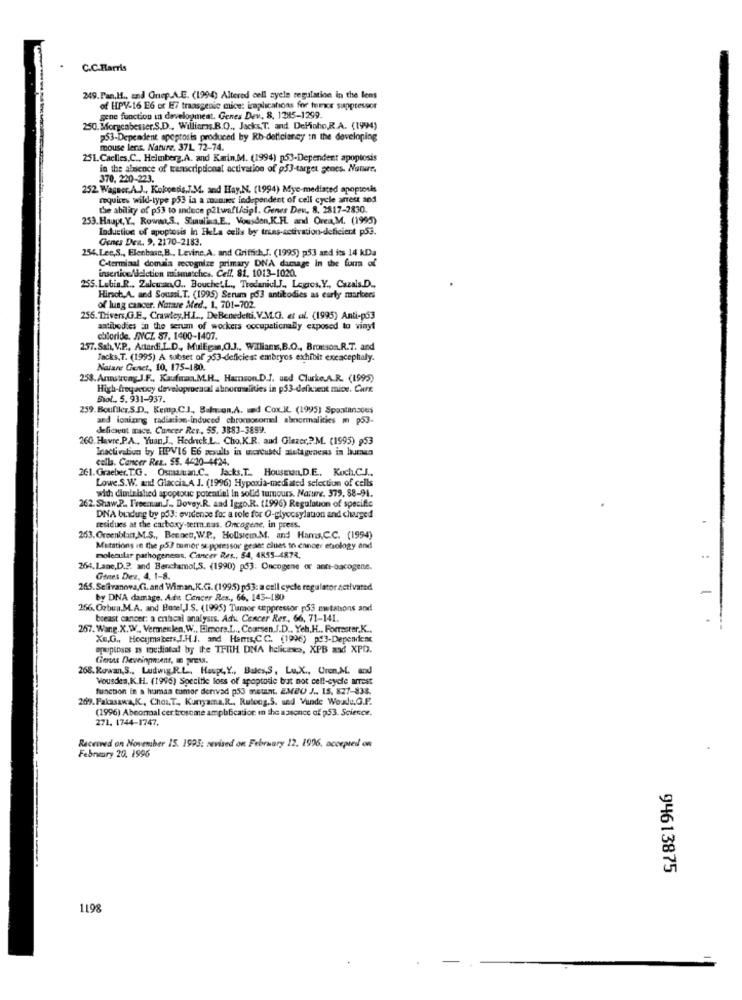
C.C.Harris
249. Fan.H ., and Griep.A.E. (1994) Altered cell ayele regulation in the lens
of HPV-16 E6 or E7 traasgenic mice: implications for tumor suppressor
sene function in development. Genes Dev, 8, 1285-1299.
250. Morgenbesser.S.D ., Williamas.B.O ., Jacks.T. and DeMioho,R.A. (1994)
p53-Dependent epoprosis produced by Rb-deficiency in the developing
mouse lens. Nature. 371. 72-74.
251. Caelles.C ., Helmberg.A. and Karin,M. (1994) p53-Dependent apoptosis
in the absence of transcriptional activation of pf)-target genes. Nature,
370, 220-223.
252. Wagner.A.J ., Kokoedis,J.M. and Hay,N. (1994) Mye-mediated apoptosis
requices wild-type p53 ia a maninec independent of cell cycle arrest and
the ability of p53 to induce p2Lwaft/cip !. Genes Dev. 8. 2817-2830.
253.Haupt, Y. Rowwa,S ., Sluulina.E ., Vousdon,K.H. and Orea,M. (1995)
Induction of apoptosis in HeLa celis by trees-activation-deficient p53.
Genes Den. 9. 2170-2183.
254.Lee,S ., Elenbasc,B ., Levine.A. and Griffich,J. (1995) p53 and its 14 kDa
insertion/deletion mismatches. Cell. 81, 1013-1020.
C-terminal demaia recognize primary DNA damage in the fun of
255. Lobin.R ., Zakcuan,Q ., BoucheL.L ., Tredaniel.J ., Legros, Y ., Cazals.D ..
Hirsch.A. and Soussi. T. (1995) Serum p53 antibodies as early markers
of lung cancer. Narare Med ., 1. 701-702.
256. Thivers,G.F ., Crawley,H.L ., DeBenedetti. V.M.C. et al. (1995) Anti-p53
antibodies in the serum of wockers occupationally exposed to vinyl
chloride. JINCZ 87. 1400-1407.
257. Sah, V.P ., Adtardi L.D ., Mulligan,O.J ., Willian,B.O ., Bronson.R.T. and
Jacks,T. (1995) A subset of 253-deficient embryos exhibit excacephaly.
Nature Genet, 10, 175-180.
258.Armstrong J.F ., Kaufman.M.H ., Hamnson.D.J. und Cluske.A.R. (1995)
High-freqacocy developmental abnormalities in p53-defkent mice. Cure
Siol .. 5. 931-937.
259. Boufiler,S.D ., Kemp.C.], Bahnen.A. ud Cox.R. (1995) Spontansous
and ionizing radiation-induced chromosomel abnormalities m p53-
deficient mace. Cancer Res, 55. 3883-3859.
260. Havre,P.A ., Yuan,J ., Hedneck .L .. Cho.K.R. and Glazer ,?. M. (1995) 953
Inactiveliun by HPV16 E6 zesults in wortused alutagenens in huren
cella. Cancer Rez .. $$. 4420-4424.
261. Graeber.T.G. Osmutan.C ., Jacks.T ., HousEn. D.E .. Koch.C.J ..
Lowe.S.W. and Glaccia.A. J. (1996) Hypoxia-mediated selection of cells
with diminished apoptouc potentiel in solid tumours. Nare. 379. 88-91.
262. Shaw,P. Freeman.J ., Dovey.R. and Iggo.R. (1996) Regulation of specific
DNA bindung by p53: evidence for a role for O-glycosylation and charged
residues at the carboxy-term.nas. Oncogene, in press.
263. Greenblatt,M.S ., BeeDet, W.P ., Hollstein.M. and Hams.C.C. (1994)
Mutations in the p53 tumor suppressor geass clues to cancer etiology and
molecular pathogenens, Cancer Res ., 54, 4855-4873.
264. Lane,D .?. and Benchamol,S. (1990) p53: Oncogene or anti-oacogene.
Gines Dez, 4, 1-8.
265.Selivanova,Ci. and Wiman,K.G. (1995) p53: a cell cycle regulator activated
by DNA damage, Adit Concer Res ., 66, 143-180
256. Oobun.M.A. and Hotel,J.S. (1995) Tumor suppressor p53 zwtations and
breast cancer: a enhacal analysis. Adv. Cencer Res ., 66, 71-141.
257. Wang.X.W .. Vermeulen, W .. Elmore.L ., Coarsen.J.D ., Yeh.H ., Forrester.K ..
Xe.G ., Hocymakers,J.H.J. and Hamts,C.C. (1996) pf3-Dependent
apoptosis as mediatad by the THICH DNA helicases, XPB and XPD.
268. Rowan,S ., Ludwig. R.L. Hop, Y ., Bales,S, Lu,X ., Uren,M. and
Vousdes,K.H. (1996) Specific loss of apoptotic brat not cell-cycle arrest
function in a humaa tumor dervad p53 metnt. EMBU J .. 15. 827-838.
269. Fakasanz,K , Choi.T ., Kunyama,R ., Ruloog.S. und Vande Wedu.G.F.
(1996) Abeormal cer trosome amplification in the apsonce of 253. Science.
271. 1744-1747.
Received on November 15. 1995: revised on February 12. 1996, accepted on
February 20. 1996
94613875
1198